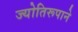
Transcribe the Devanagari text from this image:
ज्योतिरूपाने